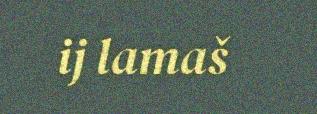
ij lamaš